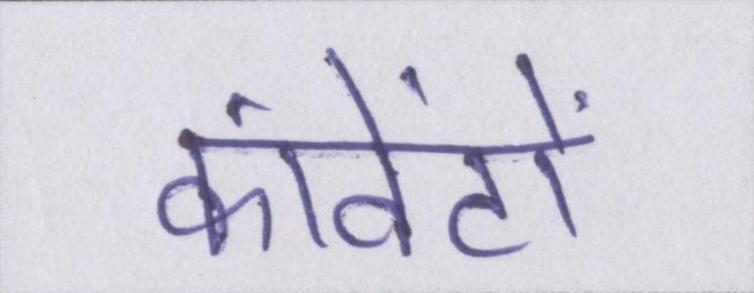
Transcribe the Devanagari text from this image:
कांवेंटों